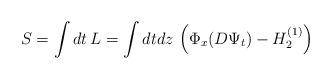
LaTeX: \begin{align*}S = \int dt\,L = \int dt dz\,\left(\Phi_{x}(D\Psi_{t}) -H_{2}^{(1)}\right)\end{align*}